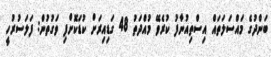
ބަންދުގެ މައްސަލަތައް އިސްތިއުނާފު ކުރެވޭ މުއްދަތު 48 ގަޑިއިރަށް ކުޑަކޮށްފި ވަގުތުން: ފަލަސުރުހީ